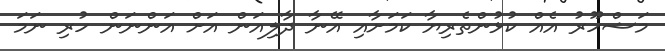
މަޝްހޫރު އެއް ކުޅުންތެރިޔާ ކަމަށާއި އޭނާ ދާލިއަން އަށް އަންނަން ހުރި ނަމަ